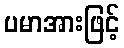
ပမာအားဖြင့်